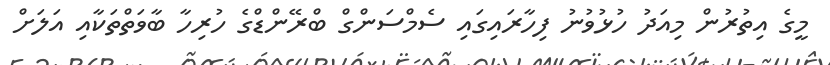
މީގެ އިތުރުން މިއަދު ހުޅުވުނު ފިހާރައިގައި ސެމްސަންގް ބްރޭންޑްގެ ހުރިހާ ބާވަތްތަކާއި އަލަށް